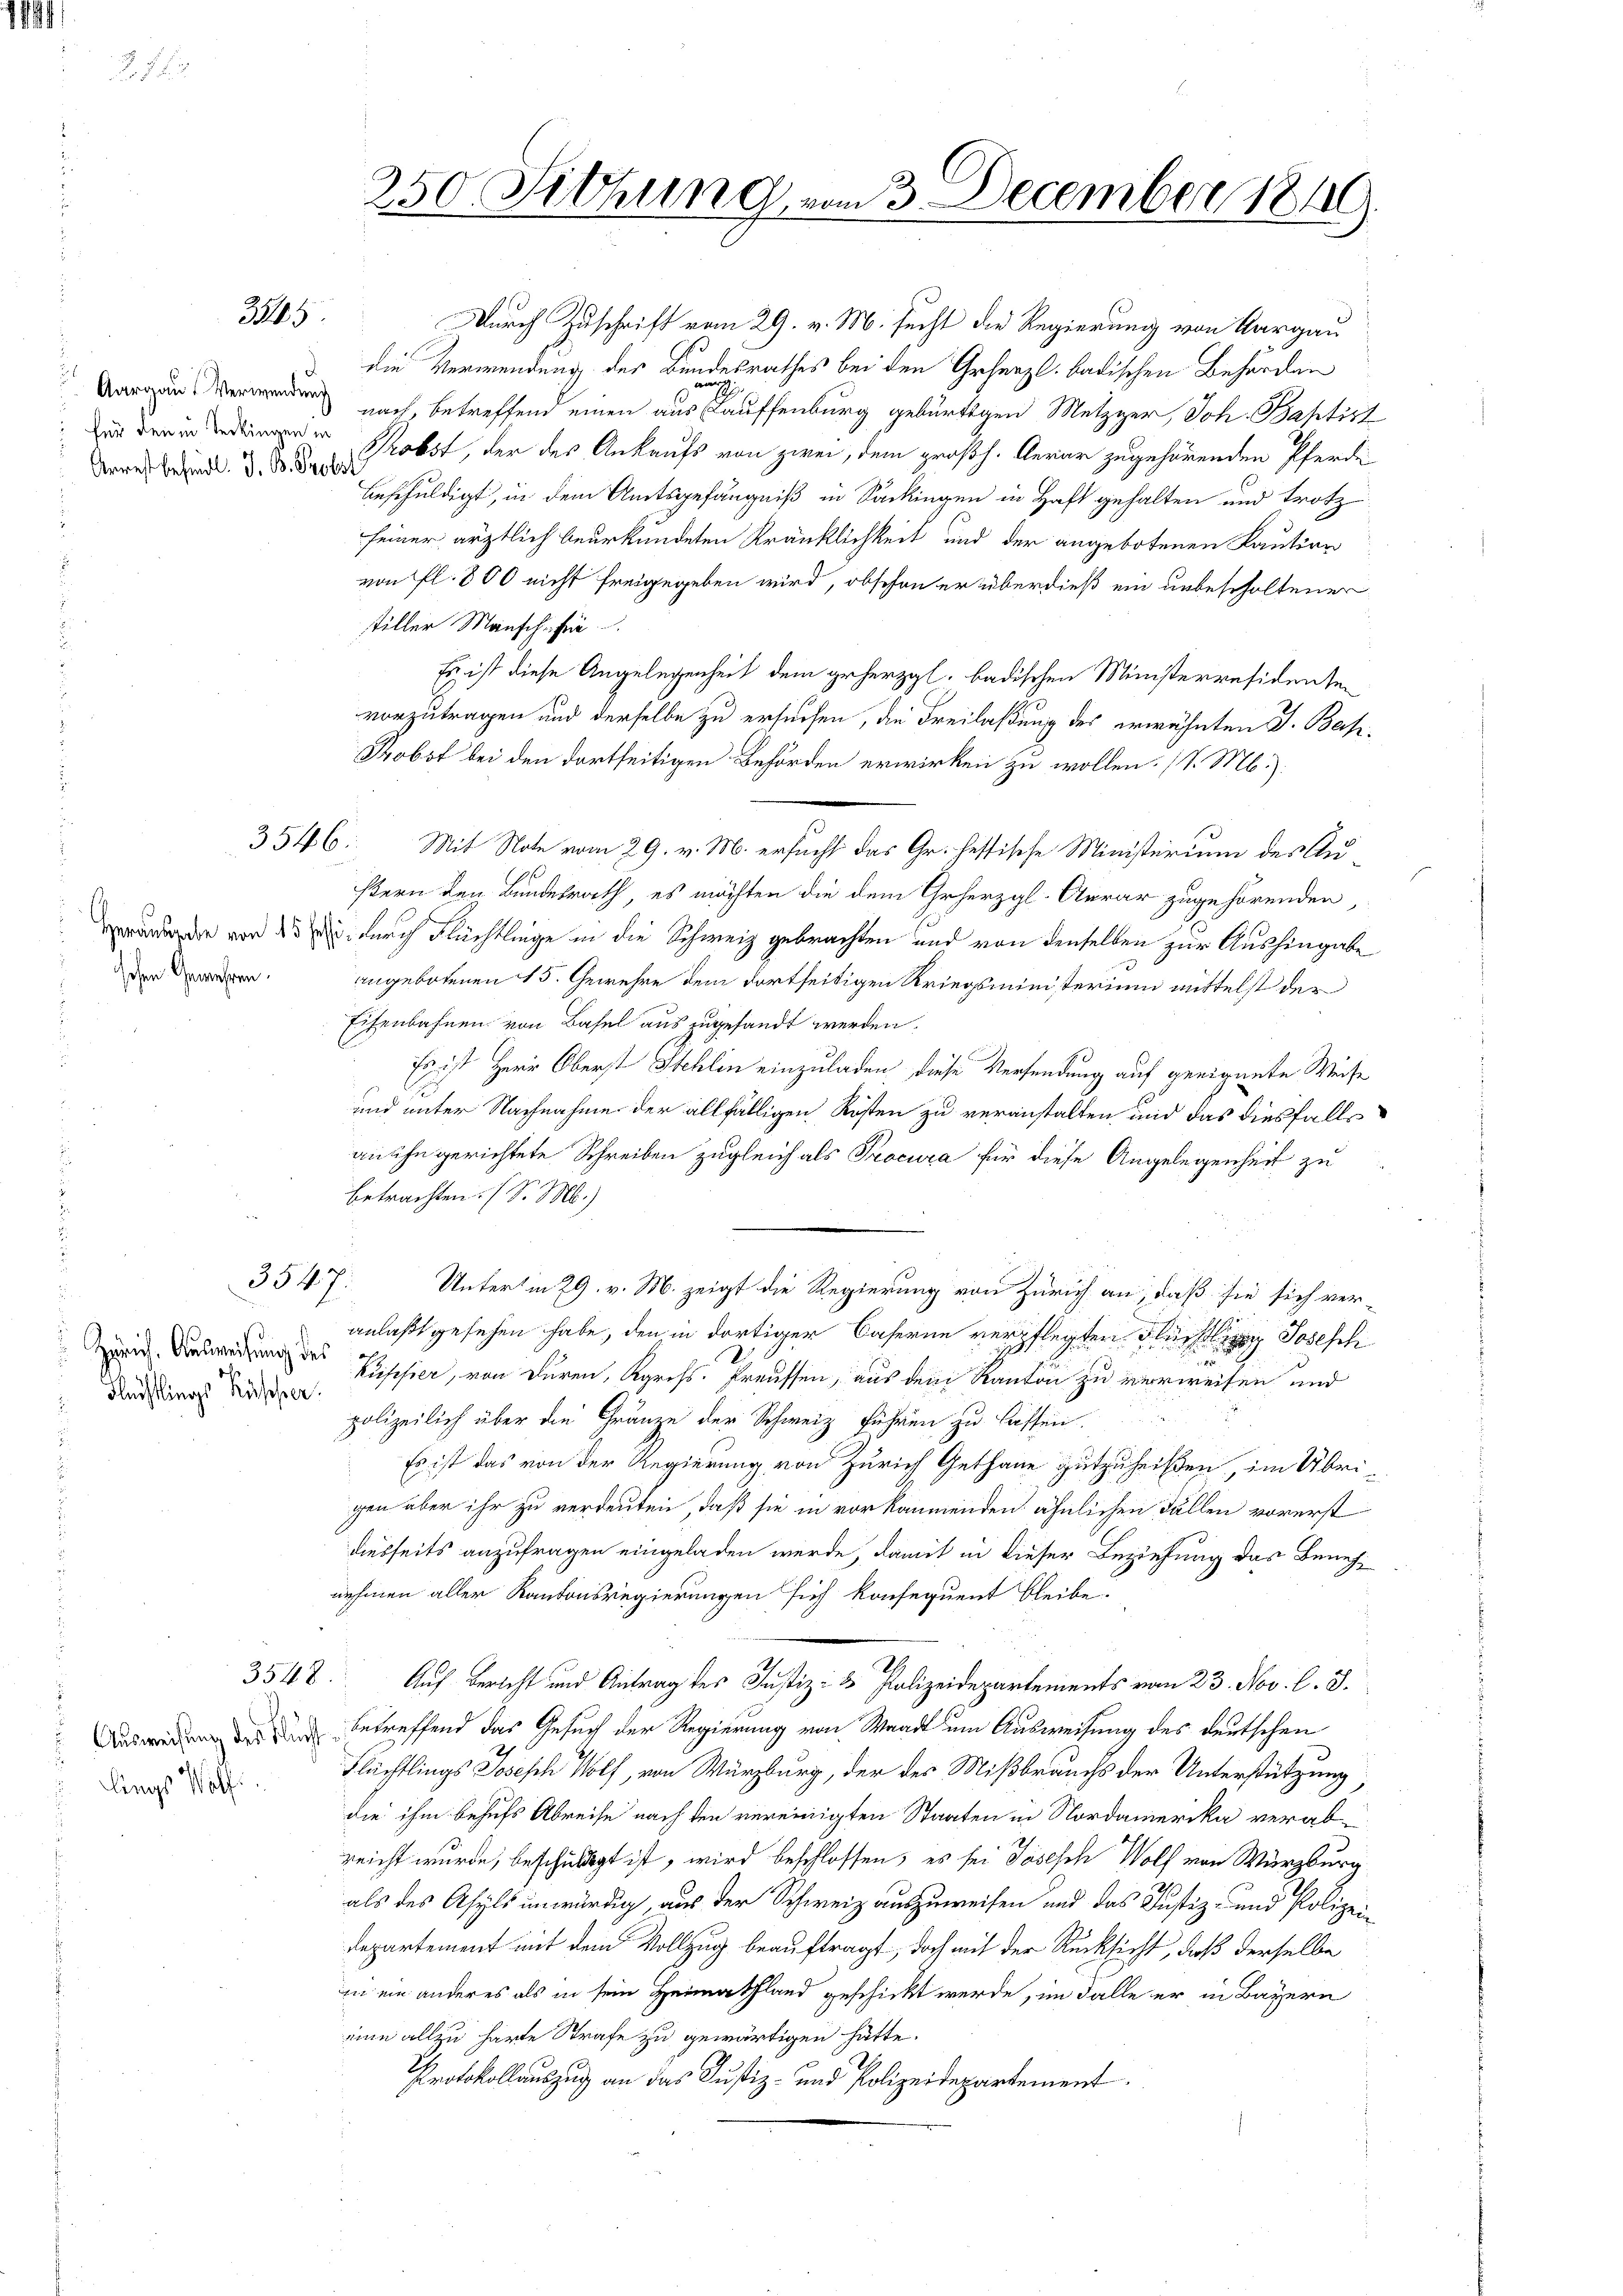
Arrest befindl. J. B. Probst

Ausweisung des Flucht.
lings Wolf

3585

schen Gewehren.

3547

Flüchtlings Kusser.

3548.

Durch Zuschrift vom 29. v. M. sucht die Regierung von Aargau
die Verwendung des Bundesrathes bei den Geherzl. badischen Behörden
Aargau erwenden nach, betreffend einen aus Lauffenburg gebürtigen Metzger, Joh. Baptist
 Probst, der des Ankaufs von zwei, dem großh. Aerar zugehörenden Pferdi
beschuldigt, in dem Amtsgefängniß in Sackingen in Haft gehalten und trotz
seiner ärztlich beurkundeten Kränklichkeit und der angebotenen Kaution
von fl. 800 nicht freigegeben wird, obschon er überdieß ein unbescholtener
stiller Mensche für
Es ist diese Angelegenheit dem geherzgl. badischen Ministerresidenten
vorzutragen und derselbe zu ersuchen, die Freilaßung des erwähnten J. Bas¬
Probst bei den dortseitigen Behörden erwirken zu wollen. (v. M.):
3546: Mit Note vom 29. v. M. ersucht das Gr. hessische Ministerium des Außern den Bundesrath, es möchten die dem Grherzgl. Aerar zugehörenden,
darde von 23  durch Flüchtlinge in die Schweiz gebrachten und von denselben zur Aushingabe
angebotenen 15. Gewehre dem dortseitigen Kriegsministerium mittelst der
Eisenbahnen von Basel aus zugesandt werden.
Es ist Herr Oberst Stehlin einzuladen diese Versendung auf geeignete Weise
und unter Nachnahme der allfälligen Kosten zu veranstalten und das diesfalls
an ihn gerichtete Schreiben zugleich als Procura für diese Angelegenheit zu
betrachten. (S. M.)
Unterm 29. v. M. zeigt die Regierung von Zürich an, daß sie sich ver-
anlaßt gesehen habe, den in dortiger Caserne verpflegten Flüchtling Josesch
Zürich. Ausweisung des Passier, von deren, Kgross. Freussen, aus dem Kanton zu verweisen und
polizeilich über die Gränze der Schweiz führen zu lassen.
Es ist das von der Regierung von Zürich Gethane gutzuheißen, im Übrigen aber ihr zu verdeuten, daß sie in vorkommenden ähnlichen Fällen vorerst
diesseits anzufragen eingeladen werde, damit in dieser Beziehung das Benehnehmen aller Kantonsregierungen sich konsequent bleibe.
Auf Bericht und Antrag des Justiz- & Polizeidepartements vom 23. Nov. l. J.
betreffend das Gesuch der Regierung von Waadt um Ausweisung des deutschen
Flüchtlings Joseph Wolf, von Würzburg, der des Mißbrauchs der Unterstützung
die ihm behufs Abreise nach den vereinigten Staaten in Nordamerika verabreicht wurde, beschuldigt ist, wird beschlossen, es sei Päsisch Wolf von Würzburg
als des Asyls unwürdig aus der Schweiz auszuweisen und das Justiz- und Polizeidepartement mit dem Vollzug beauftragt, doch mit der Rücksicht, daß derselbe
in ein anderes als in sein Heimatland geschickt werde, im Falle er in Bayern
eine allzu harte Strafe zu gewärtigen hätte.
Protokollauszug an das Justiz- und Polizeidepartement.

250 Fitzung vom 3. December 1849.